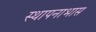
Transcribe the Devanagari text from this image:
स्थापनाभास